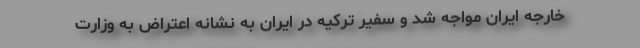
خارجه ایران مواجه شد و سفیر ترکیه در ایران به نشانه اعتراض به وزارت